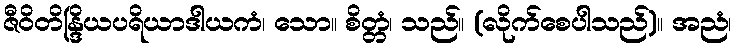
ဇီဝိတိန္ဒြိယပရိယာဒါယကံ၊ သော။ စိတ္တံ၊ သည်။ (လိုက်စေပါသည်)။ အညံ၊